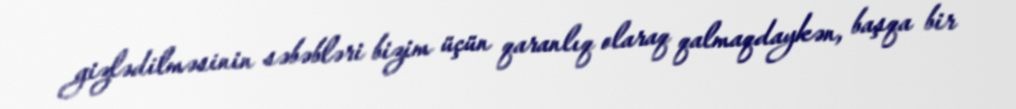
gizlədilməsinin səbəbləri bizim üçün qaranlıq olaraq qalmaqdaykən, başqa bir